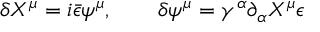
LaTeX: \delta X ^ { \mu } = i \bar { \epsilon } \psi ^ { \mu } , \qquad \delta \psi ^ { \mu } = \gamma ^ { \alpha } \partial _ { \alpha } X ^ { \mu } \epsilon